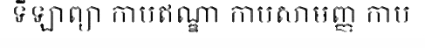
ទីឡាព្យា កាបឥណ្ឌា កាបសាមញ្ញ កាប